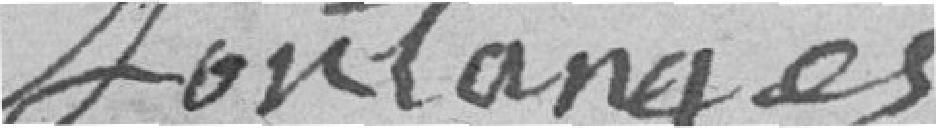
Sontanges